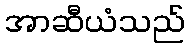
အာဆီယံသည်